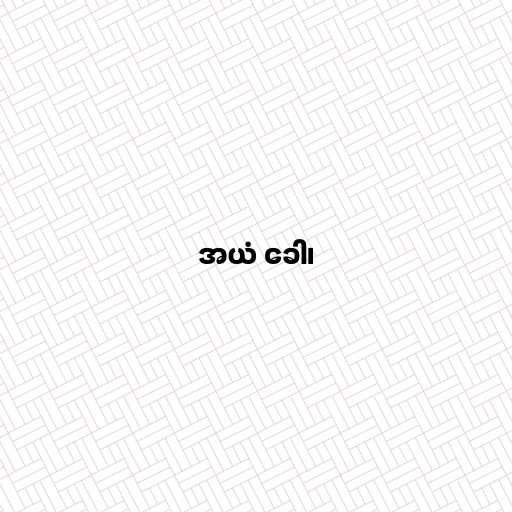
အယံ ခေါ၊